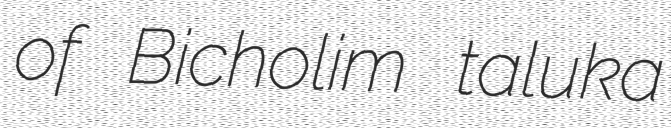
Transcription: of Bicholim taluka